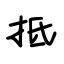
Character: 抵